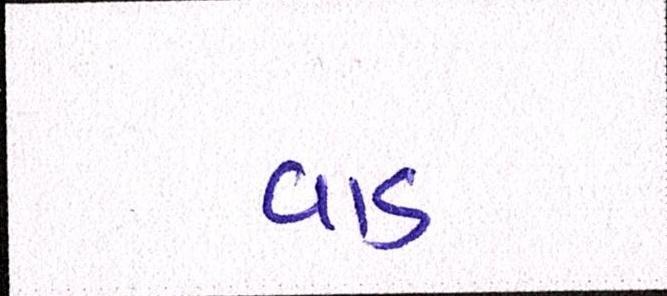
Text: વાડ